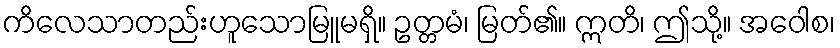
ကိလေသာတည်းဟူသောမြူမရှိ။ ဥတ္တမံ၊ မြတ်၏။ ဣတိ၊ ဤသို့။ အဝေါစ၊